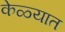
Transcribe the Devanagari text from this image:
केळ्यात